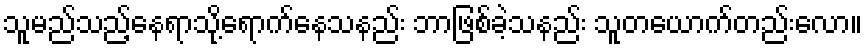
သူမည်သည့်နေရာသို့ရောက်နေသနည်း ဘာဖြစ်ခဲ့သနည်း သူတယောက်တည်းလော။